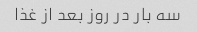
سه بار در روز بعد از غذا